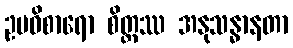
ဥပဝိစာရော စိတ္တဿ အနုသန္ဓာနတာ